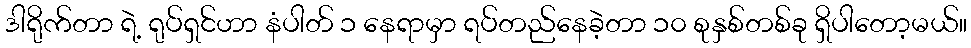
ဒါရိုက်တာ ရဲ့ ရုပ်ရှင်ဟာ နံပါတ် ၁ နေရာမှာ ရပ်တည်နေခဲ့တာ ၁၀ စုနှစ်တစ်ခု ရှိပါတော့မယ်။